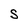
Character: S